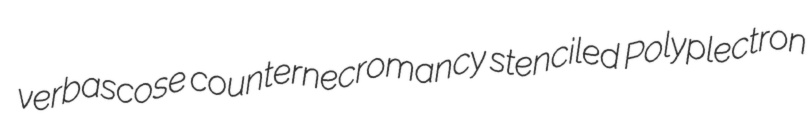
verbascose counternecromancy stenciled Polyplectron